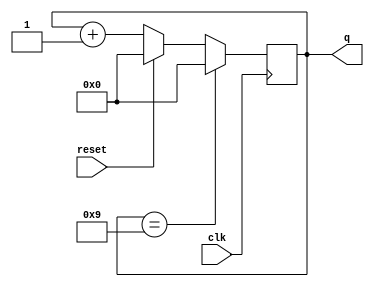
module top_module (
    input clk,
    input reset,      // Synchronous active-high reset
    output [3:0] q);

    always @(posedge clk) begin
        if(reset)
            q <= 4'h0;
        else
        	q <= q + 4'b1;
        
        if(q == 4'd9)
            q <= 4'b0;
    end
endmodule